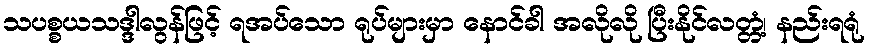
သပစ္စယသဒ္ဒါလွန်ဖြင့် ရအပ်သော ရုပ်များမှာ နောင်ခါ အလိုလို ပြီးနိုင်လတ္တံ့၊ နည်းရရုံ